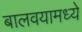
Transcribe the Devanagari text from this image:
बालवयामध्ये